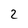
Character: 2